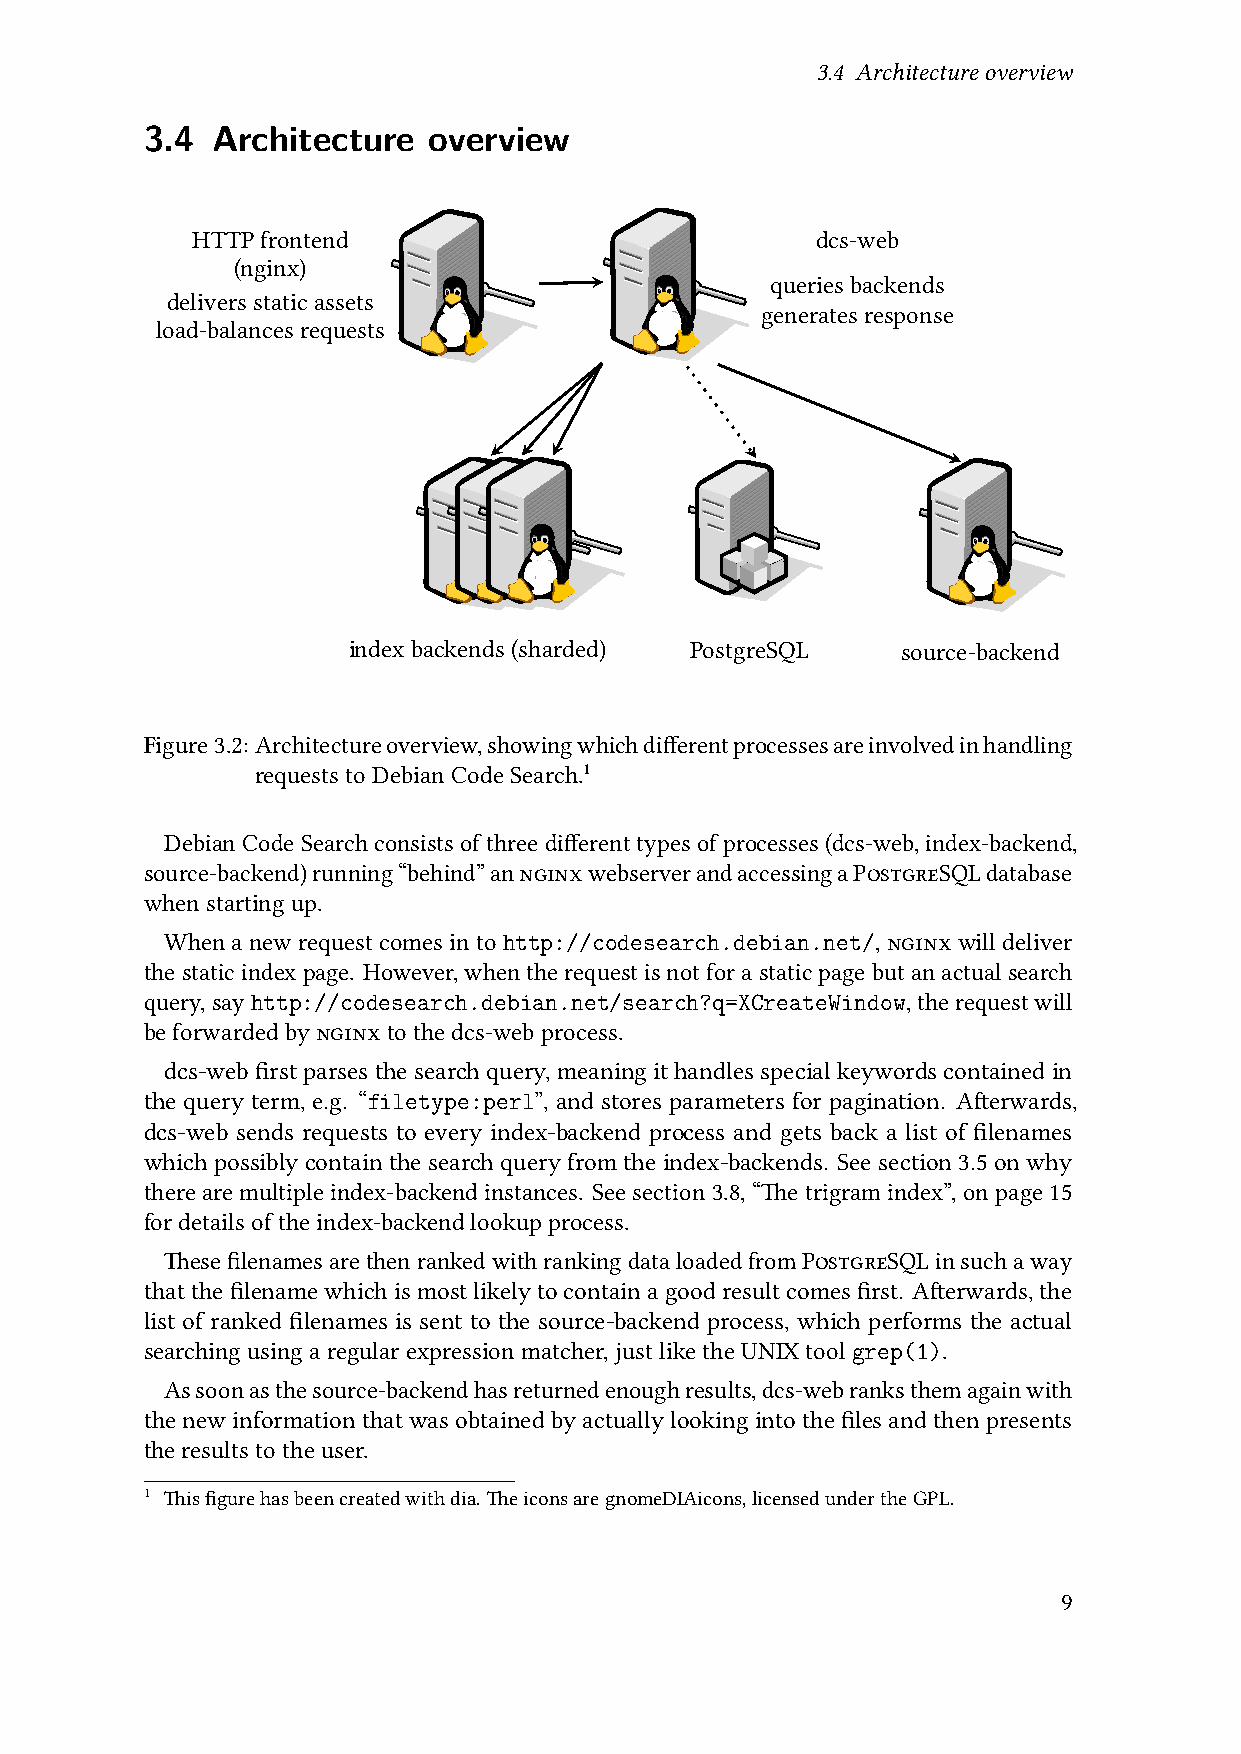
3.4 Architectureoverview
 3.4  Architecture  overview
 HTTPfrontend                             dcs-web
 (nginx)
 queriesbackends
 deliversstaticassets
 generatesresponse
 load-balancesrequests
 indexbackends(sharded) PostgreSQL    source-backend
 Figure3.2:Architectureoverview,showingwhichdifferentprocessesareinvolvedinhandling
 requeststoDebianCodeSearch.1
 DebianCodeSearchconsistsofthreedifferenttypesofprocesses(dcs-web,index-backend,
 source-backend)running“behind”annginxwebserverandaccessingaPostgreSQLdatabase
 whenstartingup.
 Whenanewrequestcomesintohttp://codesearch.debian.net/,nginxwilldeliver
 thestaticindexpage. However,whentherequestisnotforastaticpagebutanactualsearch
 query,sayhttp://codesearch.debian.net/search?q=XCreateWindow,therequestwill
 beforwardedbynginxtothedcs-webprocess.
 dcs-webfirstparsesthesearchquery,meaningithandlesspecialkeywordscontained in
 the query term, e.g. “filetype:perl”, and stores parameters for pagination. Afterwards,
 dcs-web sends requests to every index-backend process and gets back a list of filenames
 whichpossibly contain thesearchquery from the index-backends. See section 3.5 onwhy
 there are multiple index-backend instances. See section 3.8, “The trigram index”, on page 15
 fordetailsoftheindex-backendlookupprocess.
 ThesefilenamesarethenrankedwithrankingdataloadedfromPostgreSQLinsuchaway
 thatthefilenamewhichismostlikelytocontainagoodresultcomesfirst. Afterwards,the
 list of ranked filenames is sent to the source-backend process, which performs the actual
 searchingusingaregularexpressionmatcher,justliketheUNIXtoolgrep(1).
 Assoonasthesource-backendhasreturnedenoughresults,dcs-webranksthemagainwith
 thenew information that wasobtained by actuallylooking into the filesand thenpresents
 theresultstotheuser.
 1 Thisfigurehasbeencreatedwithdia. TheiconsaregnomeDIAicons,licensedundertheGPL.
 9